Scottish Leaving Certificate Examination, 1961
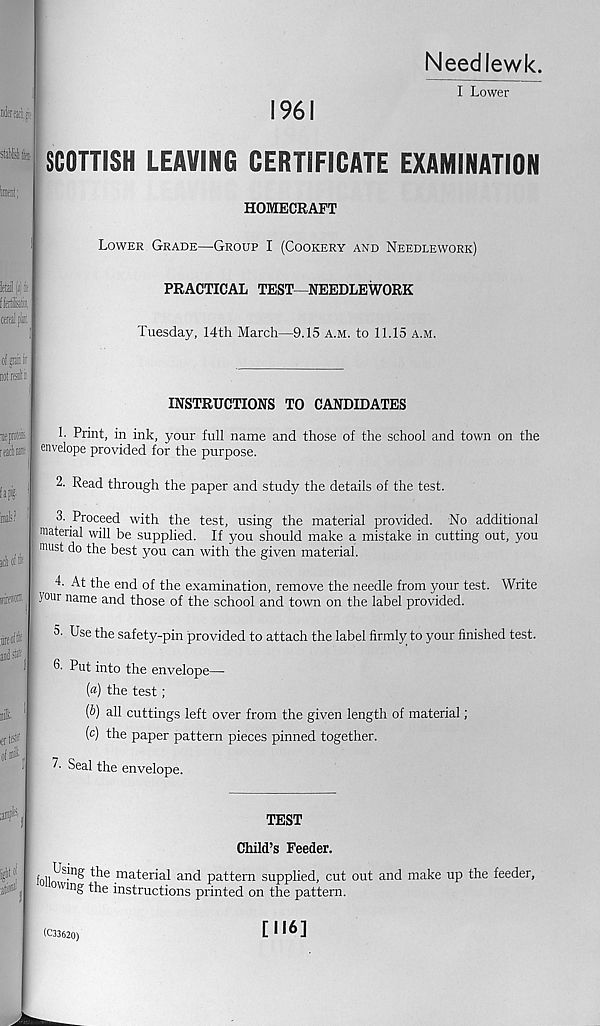
Needlewk.
I Lower
1961
SCOTTISH LEAVING CERTIFICATE EXAMINATION
HOMECRAFT
Lower Grade—Group I (Cookery and Needlework)
PRACTICAL TEST—NEEDLEWORK
Tuesday, 14th March—9.15 a.m. to 11.15 a.m.
INSTRUCTIONS TO CANDIDATES
1. Print, in ink, your full name and those of the school and town on the
envelope provided for the purpose.
2. Read through the paper and study the details of the test.
3. Proceed with the test, using the material provided. No additional
material will be supplied. If you should make a mistake in cutting out, you
must do the best you can with the given material.
I. At the end of the examination, remove the needle from your test. Write
your name and those of the school and town on the label provided.
5- Use the safety-pin provided to attach the label firmly to your finished test.
3- Put into the envelope—
(«) the test ;
(b) all cuttings left over from the given length of material;
(c) the paper pattern pieces pinned together.
A Seal the envelope.
TEST
Child’s Feeder.
f0 „ U^ the material and pattern supplied, cut out and make up the feeder,
owmg the instructions printed on the pattern.
(C33620)
[116]